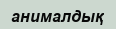
анималдық